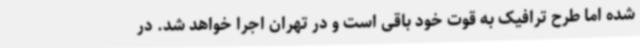
شده اما طرح ترافیک به قوت خود باقی است و در تهران اجرا خواهد شد. در